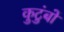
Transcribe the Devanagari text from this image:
कुटुंबों